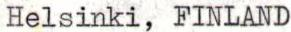
Helsinki, FINLAND